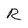
Character: R